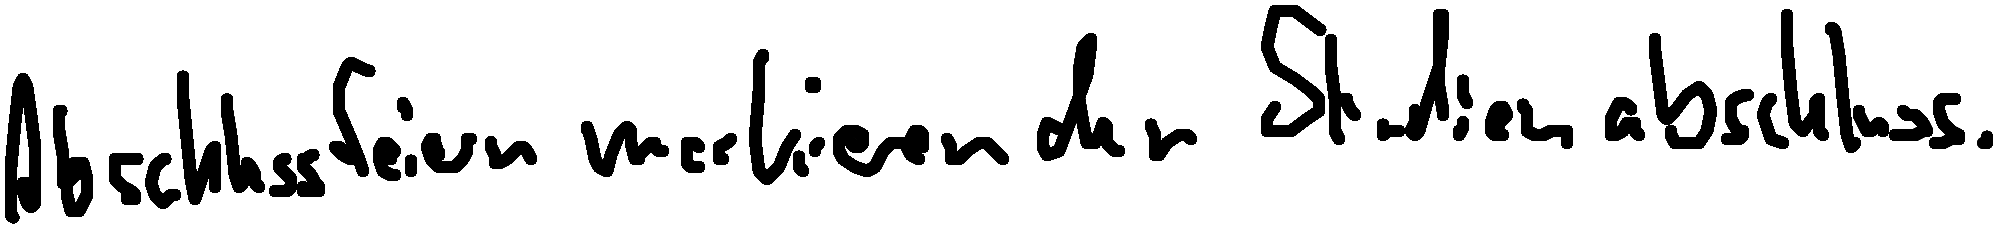
Abschlussfeiern markieren den Studienabschluss.